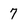
Character: 7